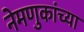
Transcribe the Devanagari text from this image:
नेमणुकांच्या